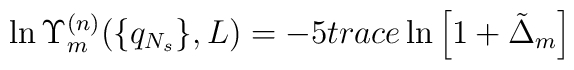
\ln\Upsilon_m^{(n)}(\{q_{N_s}\},L)=-5trace\ln\left[1+\tilde\Delta_m\right]